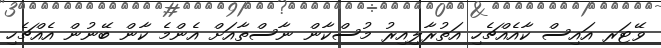
ވޭޓަރ އައިސް ކާއެއްޗެހި އަތުރާލިއިރު މުސްކާން ނާސްތާއަށް އެންމެ ކާން ބޭނުން އެއްޗެހި